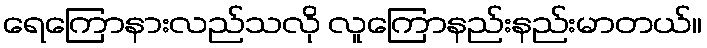
ရေကြောနားလည်သလို လူကြောနည်းနည်းမာတယ်။